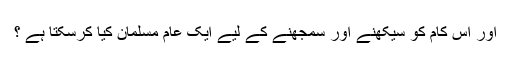
اور اس کام کو سیکھنے اور سمجھنے کے لیے ایک عام مسلمان کیا کرسکتا ہے ؟